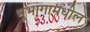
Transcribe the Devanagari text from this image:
भूभागामधील